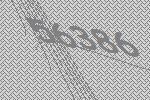
56386